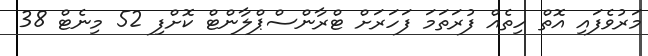
މަރުވެފައި އޮތް ހިތެއް ފުރަތަމަ ފަހަރަށް ޓްރާންސްޕްލާންޓް ކޮށްފި 52 މިނެޓް 38